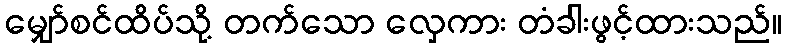
မျှော်စင်ထိပ်သို့ တက်သော လှေကား တံခါးဖွင့်ထားသည်။